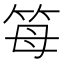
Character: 𥬦